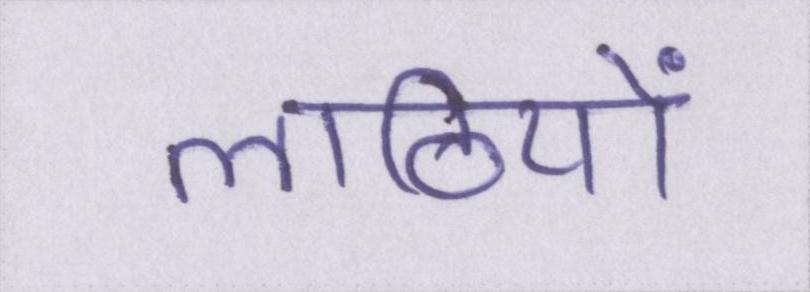
लाठियों